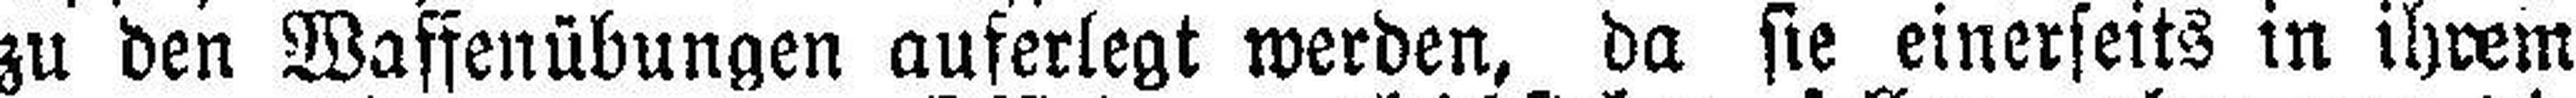
zu den Waffenübungen auferlegt werden, da sie einerseits in ihrem